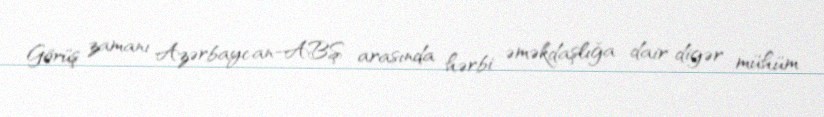
Görüş zamanı Azərbaycan-ABŞ arasında hərbi əməkdaşlığa dair digər mühüm